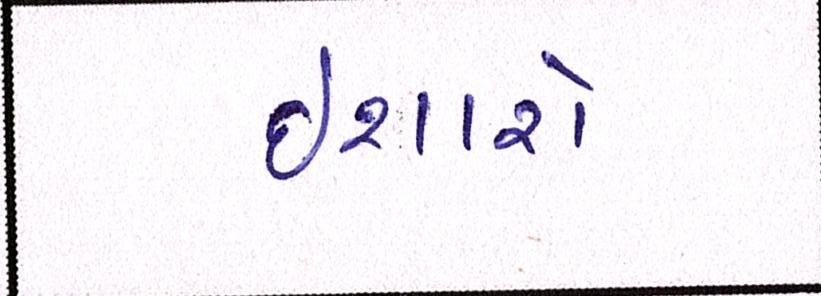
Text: ઈશારો